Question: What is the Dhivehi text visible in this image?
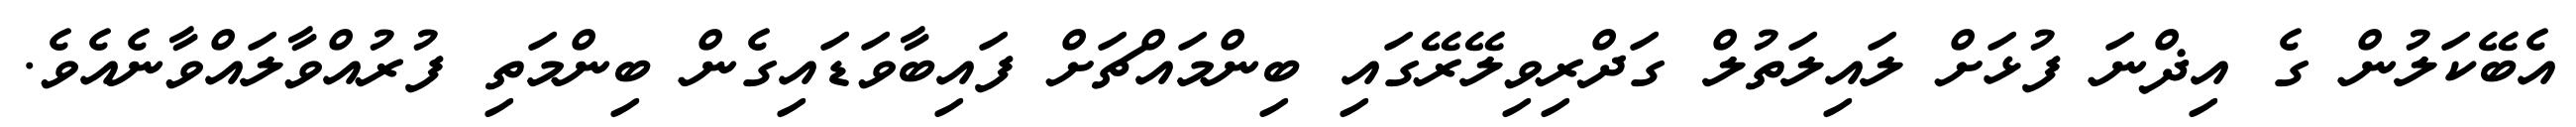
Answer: އެބޭކަލުން ގެ އިޛްނަ ފުޅަށް ލައިލަތުލް ގަދްރިވިލޭރޭގައި ބިންމައްޗަށް ފައިބާވަޑައިގެން ބިންމަތި ފުރުއްވާލައްވާނެއެވެ.